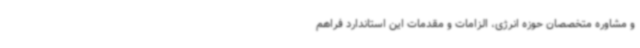
و مشاوره متخصصان حوزه انرژی، الزامات و مقدمات این استاندارد فراهم